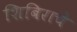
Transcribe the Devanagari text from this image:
शिबिराचे